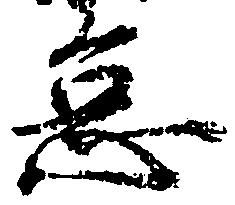
怠